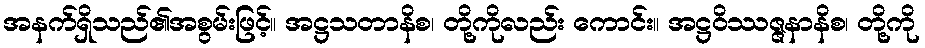
အနက်ရှိသည်၏အစွမ်းဖြင့်။ အဋ္ဌသတာနိစ၊ တို့ကိုလည်း ကောင်း။ အဋ္ဌဝိဿဇ္ဇနာနိစ၊ တို့ကို